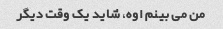
من می بینم اوه، شاید یک وقت دیگر